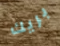
بريك